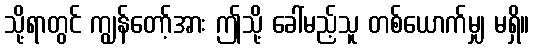
သို့ရာတွင် ကျွန်တော့်အား ဤသို့ ခေါ်မည့်သူ တစ်ယောက်မျှ မရှိ။